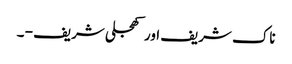
ناک شریف اور کھجلی شریف - ۔